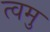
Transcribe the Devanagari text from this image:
त्वमु